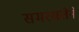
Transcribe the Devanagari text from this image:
समरसतेने